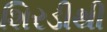
શિરડીથી